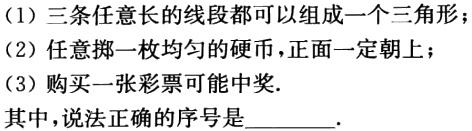
(1)三条任意长的线段都可以组成一个三角形；
(2)任意掷一枚均匀的硬币，正面一定朝上；
(3)购买一张彩票可能中奖.
其中，说法正确的序号是________.